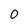
Character: O